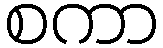
စကာ